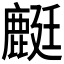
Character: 𪊶